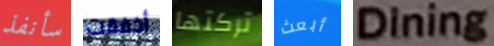
سأنفذ أخفقت تركتها أبعث Dining